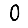
Digit: 0